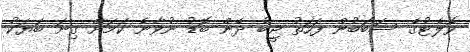
ވޮލެޓުގެ ސަބަބުން ފަހަތު ޖީބު ދެން ބޮޑު ނުވާނެ ކަމަށް ގިނަ ބަޔަކު